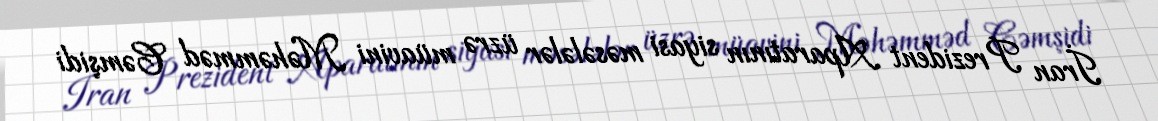
İran Prezident Aparatının siyasi məsələlər üzrə müavini Məhəmməd Cəmşidi